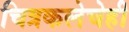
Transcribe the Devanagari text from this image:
चित्रकलेचेही